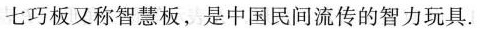
七巧板又称智慧板，是中国民间流传的智力玩具，